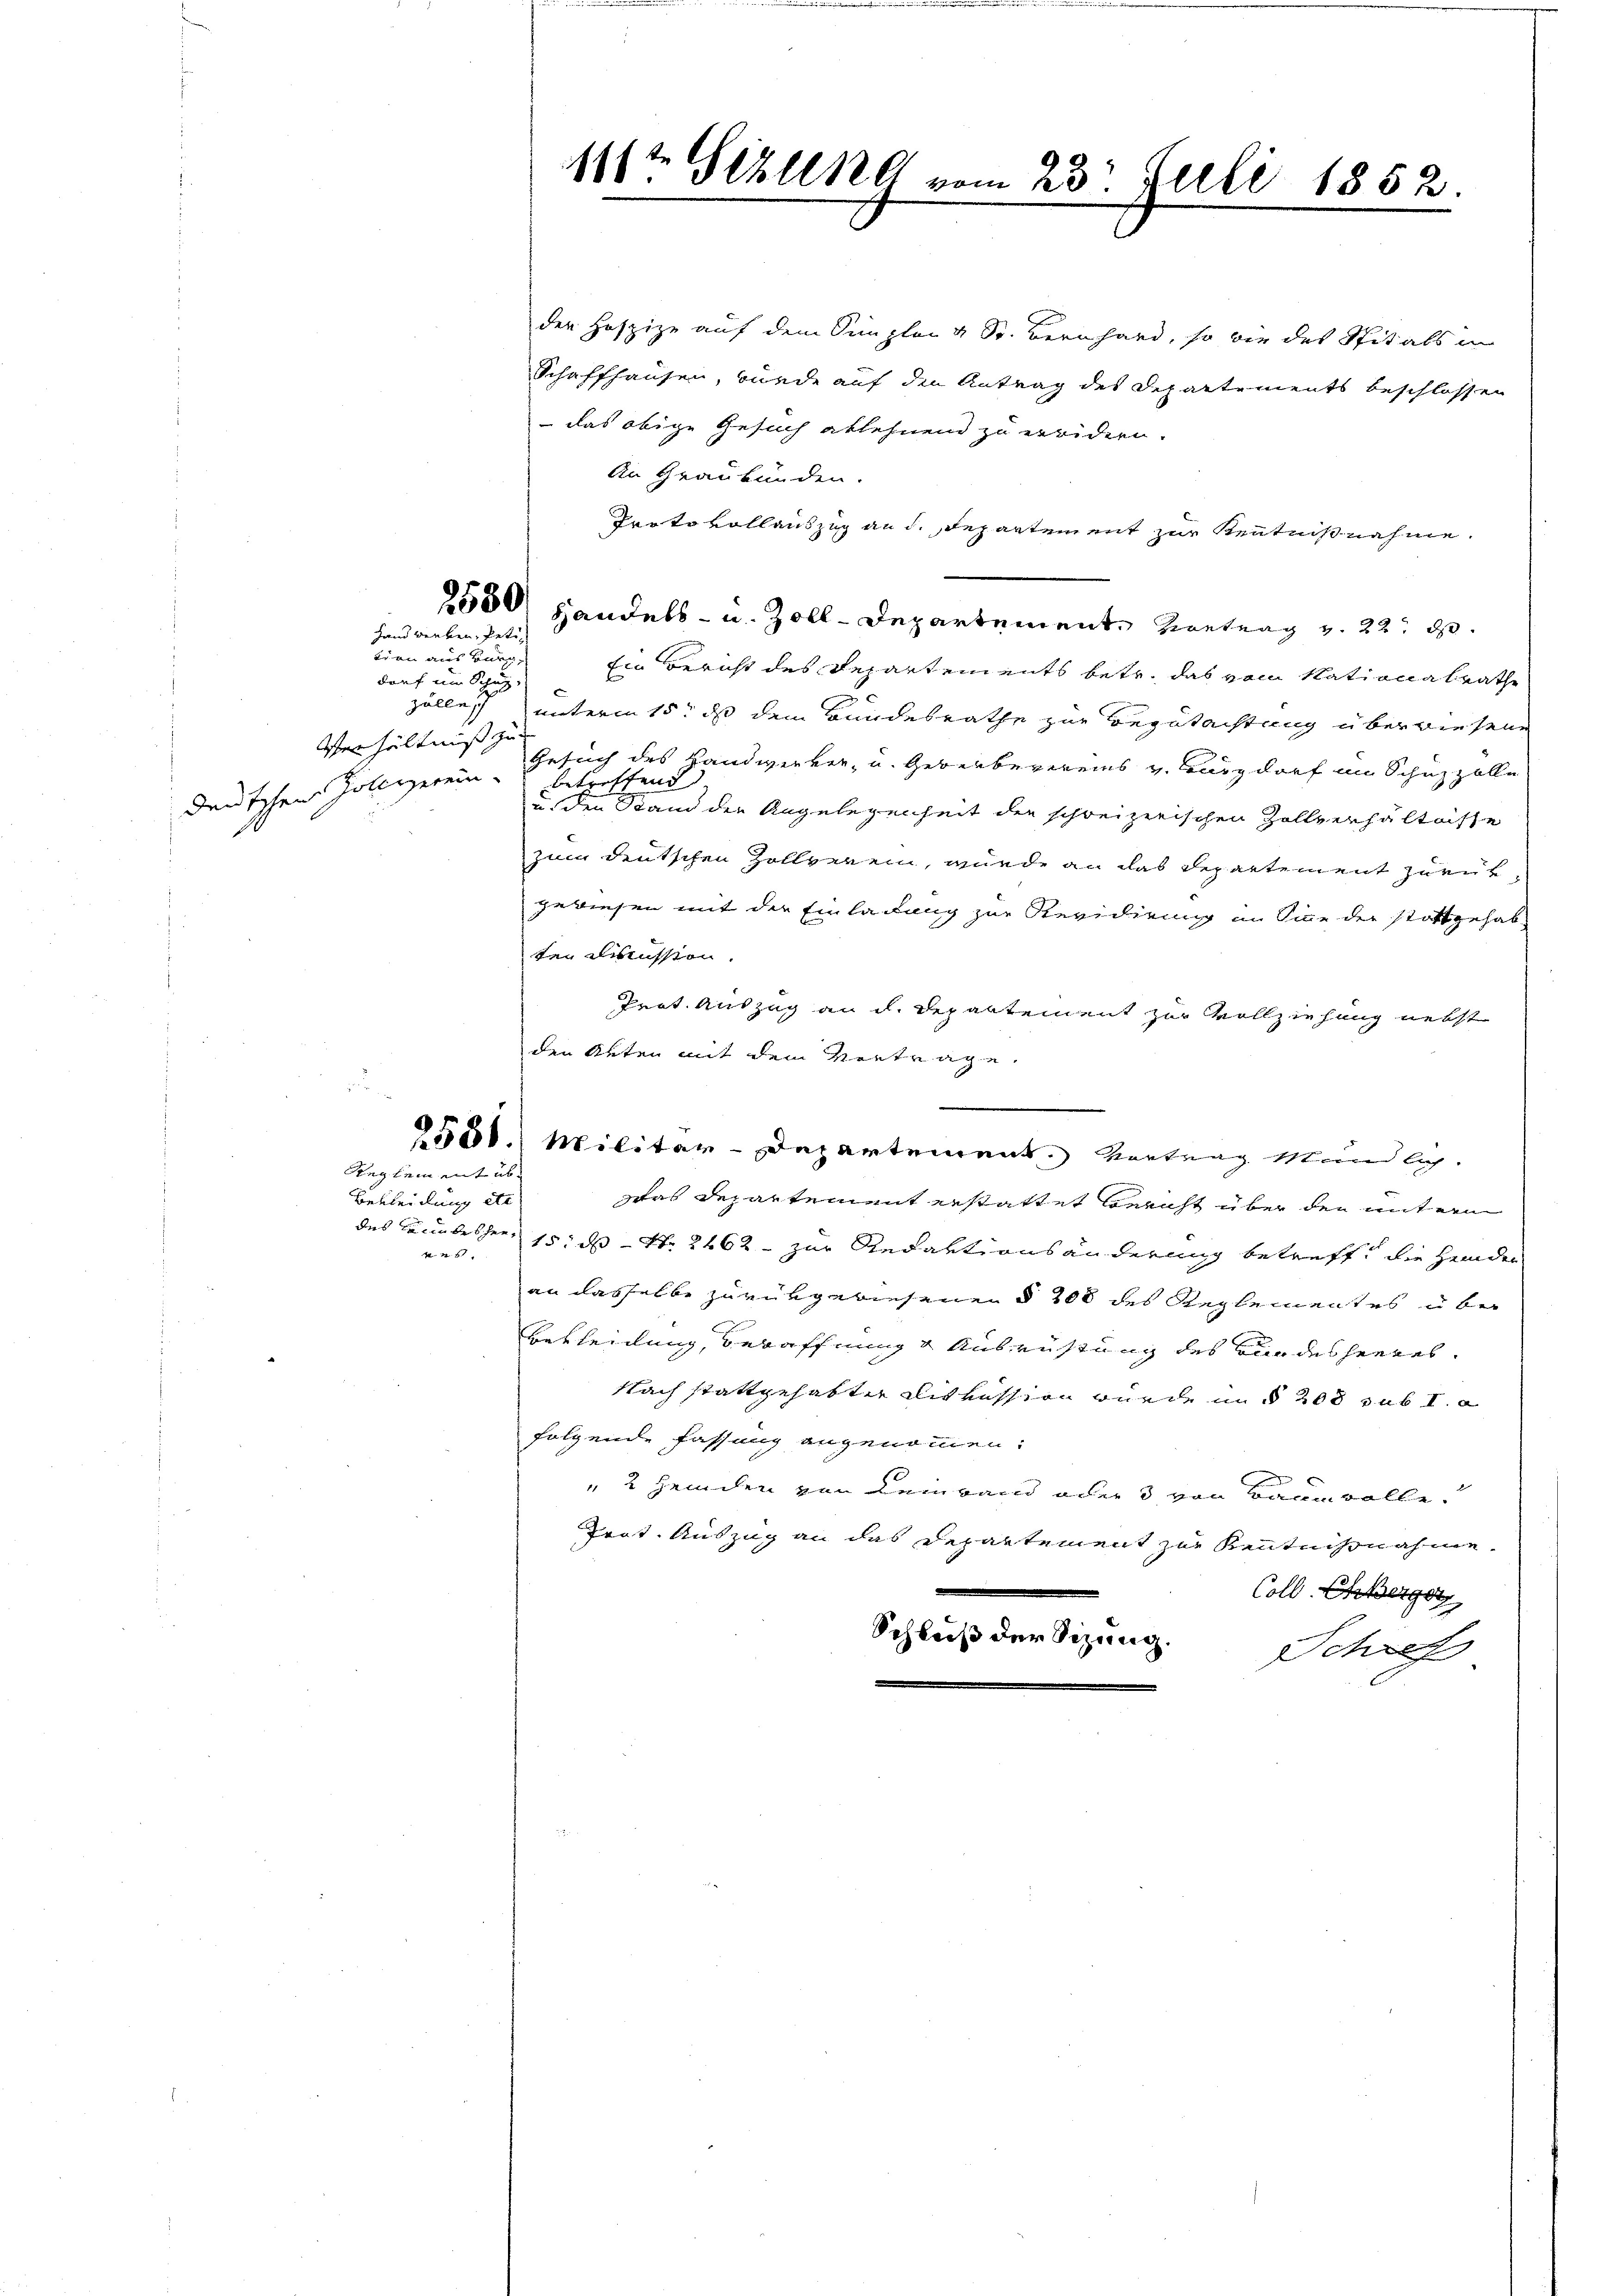
tien aus Burg,
darf um Schäz,
zölle
Verhältniß zu

2550
Handwerken, Peti¬

11te Sihllke vom 23. Juli 1852.

der Hospize auf dem Simpler & Sr. Bernhard, so wie des Spitals in
Schaffhausen, wurde auf den Antrag des Departements beschlossen
 das obige Gesuch ablehnend zu erwidern.
An Graubünden.
Protokollauszug an d. Departement zur Kenntnißnahme.
Handels- u. Zoll-Departement. Vortrag v. 22. d.
Ein Bericht des Departements betr. das vom Nationalrathe
unterm 15. ds dem Bundesrathe zur Begutachtung überwiesene
deutschen Zolligerein Gesuch des Handwerker- u. Gewerbevereins v. Burgdorf im Schuzzolle
betreffend
u den Stand der Angelegenheit der schweizerischen Zollverhältnisse
zum deutschen Zollverein, wurde an das Departement zurükgewiesen mit der Einladung zur Revidirung in Sinne der stattgehab
ter Mission.
Prot. Auszug an d. Departement zur Vollziehung nebst
den Arten mit dem Vorträge
551.) Militar-Departement. Vortrag kundlich.
Reglement üb
Bekleidung etc
Was Departement erstattet Bericht über den mit erm
des Landesher 15. ds Nr. 2462 zur Redaktionsänderung betreff die Heiden
61.
an dasselbe zurükgewiesenen § 208 des Reglementes u ber
Betheidung, bewaffnung & Ausrüstung des Bundesheeres¬
Nach stattgehabter Diskussion wurde in § 208 sub I
folgende fassung angenommen:
" Heiden von Leinwand oder 3 von Baumwolle
Grot. Auszug an das Departement zur Kenntnisnahme
Coll. Eberger
Schluß der Sizung.
Schref